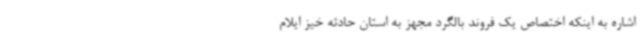
اشاره به اینکه اختصاص یک فروند بالگرد مجهز به استان حادثه خیز ایلام